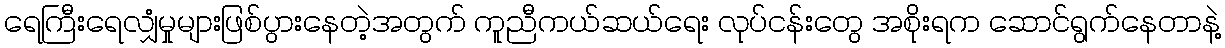
ရေကြီးရေလျှံမှုများဖြစ်ပွားနေတဲ့အတွက် ကူညီကယ်ဆယ်ရေး လုပ်ငန်းတွေ အစိုးရက ဆောင်ရွက်နေတာနဲ့